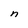
Character: n